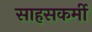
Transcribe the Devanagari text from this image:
साहसकर्मी